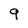
Character: 9